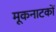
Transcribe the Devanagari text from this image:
मूकनाटकों